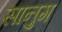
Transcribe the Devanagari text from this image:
सानुग